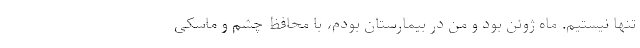
تنها نیستیم. ماه ژوئن بود و من در بیمارستان بودم، با محافظ چشم و ماسکی